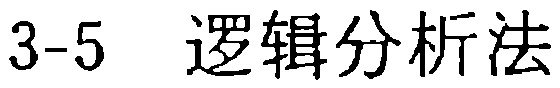
3-5 \ 逻辑分析法